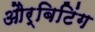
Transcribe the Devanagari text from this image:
और्बिटिंग